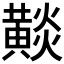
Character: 𪏋